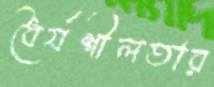
ধৈর্যশীলতার